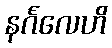
နင်္ဂလေဟိ